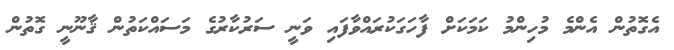
އެގޮތުން އެންމެ މުހިންމު ކަމަކަށް ފާހަގަކުރައްވާފައި ވަނީ ސަރުކާރުގެ މަސައްކަތުން ޤާނޫނީ ގޮތުން